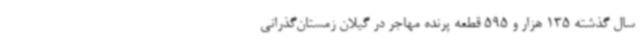
سال گذشته 135 هزار و 595 قطعه پرنده مهاجر در گیلان زمستان‌گذرانی